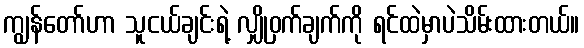
ကျွန်တော်ဟာ သူငယ်ချင်းရဲ့ လျှိုဝှက်ချက်ကို ရင်ထဲမှာပဲသိမ်းထားတယ်။